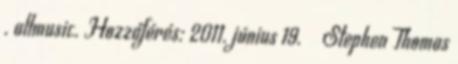
. allmusic. Hozzáférés: 2011. június 19. ↑ Stephen Thomas